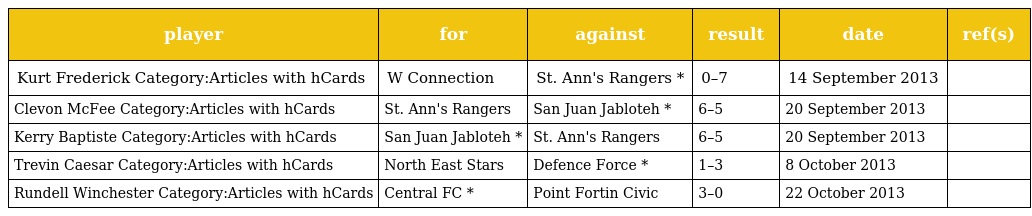
| player | for | against | result | date | ref(s) |
 | --- | --- | --- | --- | --- | --- |
 | Kurt Frederick Category:Articles with hCards | W Connection | St. Ann's Rangers * | 0–7 | 14 September 2013 |  |
 | Clevon McFee Category:Articles with hCards | St. Ann's Rangers | San Juan Jabloteh * | 6–5 | 20 September 2013 |  |
 | Kerry Baptiste Category:Articles with hCards | San Juan Jabloteh * | St. Ann's Rangers | 6–5 | 20 September 2013 |  |
 | Trevin Caesar Category:Articles with hCards | North East Stars | Defence Force * | 1–3 | 8 October 2013 |  |
 | Rundell Winchester Category:Articles with hCards | Central FC * | Point Fortin Civic | 3–0 | 22 October 2013 |  |